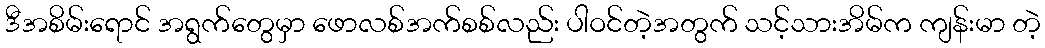
ဒီအစိမ်းရောင် အရွက်တွေမှာ ဖောလစ်အက်စစ်လည်း ပါဝင်တဲ့အတွက် သင့်သားအိမ်က ကျန်းမာ တဲ့